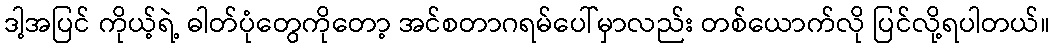
ဒါ့အပြင် ကိုယ့်ရဲ့ ဓါတ်ပုံတွေကိုတော့ အင်စတာဂရမ်ပေါ်မှာလည်း တစ်ယောက်လို ပြင်လို့ရပါတယ်။